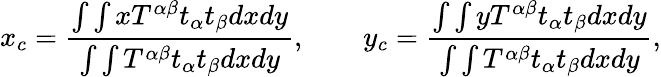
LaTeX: x_{c}=\frac{\int\int xT^{\alpha\beta}t_{\alpha}t_{\beta}dxdy}{\int\int T^{\alpha\beta}t_{\alpha}t_{\beta}dxdy},\qquad y_{c}=\frac{\int\int yT^{\alpha\beta}t_{\alpha}t_{\beta}dxdy}{\int\int T^{\alpha\beta}t_{\alpha}t_{\beta}dxdy},